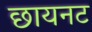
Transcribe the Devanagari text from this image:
छायनट